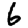
Digit: 6